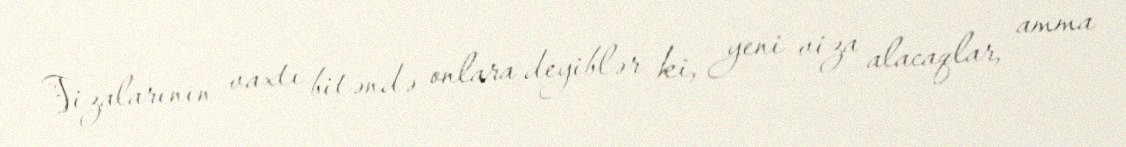
Vizalarının vaxtı bitəndə onlara deyiblər ki, yeni viza alacaqlar, amma